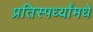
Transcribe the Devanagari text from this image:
प्रतिस्पर्ध्यांमधे